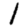
Digit: 1